Madras plague regulations in force outside the Presidency town - Volume 3
Disease focus: Plague
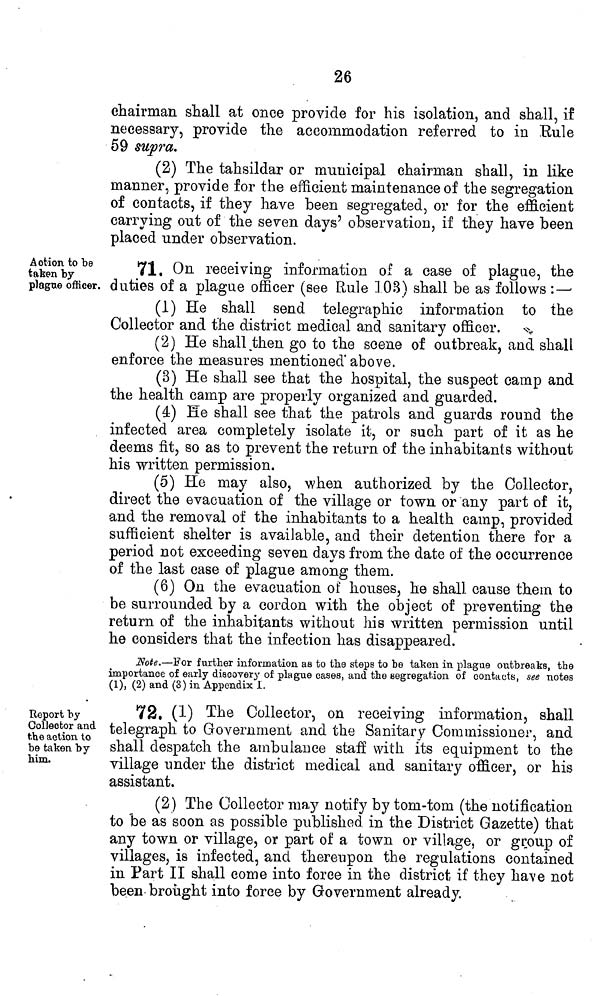
26
chairman shall at once provide for his isolation, and shall, if
necessary, provide the accommodation referred to in Rule
09 supra.
(2) The tahsildar or municipal chairman shall, in like
manner, provide for the efficient maintenance of the segregation
of contacts, if they have been segregated, or for the efficient
carrying out of the seven days' observation, if they have been
placed under observation.
Action to be
taken by
plague officer.
71. On receiving information of a case of plague, the
duties of a plague officer (see Rule 103) shall be as follows :—•
(1) He shall send telegraphic information to the
Collector and the district medical and sanitary officer.
(2) He shall,then go to the scene of outbreak, and shall
enforce the measures mentioned above.
(3) He shall see that the hospital, the suspect camp and
the health camp are properly organized and guarded.
(4) He shall see that the patrols and guards round the
infected area completely isolate it, or such part of it as he
deems fit, so as to prevent the return of the inhabitants without
his written permission.
(5) He may also, when authorized by the Collector,
direct the evacuation of the village or town or any part of it,
and the removal of the inhabitants to a health camp, provided
sufficient shelter is available, and their detention there for a
period not exceeding seven days from the date of the occurrence
of the last case of plague among them.
(6) On the evacuation of houses, he shall cause them to
be surrounded by a cordon with the object of preventing the
return of the inhabitants without his written permission until
he considers that the infection has disappeared.
Note.—For further information as to the steps to be taken in plague outbreaks, the
importance of early discovery of plague cases, and the segregation of contacts, see notes
(1), (2) and (3) in Appendix I.
Report by
Collector and
the action to
be taken by
him.
72. (1) The Collector, on receiving information, shall
telegraph to Government and the Sanitary Commissioner, and
shall despatch the ambulance staff with its equipment to the
village under the district medical and sanitary officer, or his
assistant.
(2) The Collector may notify by tom-tom (the notification
to be as soon as possible published in the District Gazette) that
any town or village, or part of a town or village, or group of
villages, is infected, and thereupon the regulations contained
in Part II shall come into force in the district if they have not
been brought into force by Government already.